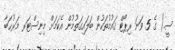
ސީ.) ގެ 5 ވަނަ ރިޕޯޓް ޤައުމުތަކުން ބަލައިގަތުމުން އެކަމަށް މިނިސްޓަރ މަރުޙަބާ